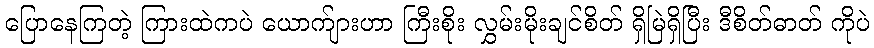
ပြောနေကြတဲ့ ကြားထဲကပဲ ယောက်ျားဟာ ကြီးစိုး လွှမ်းမိုးချင်စိတ် ရှိမြဲရှိပြီး ဒီစိတ်ဓာတ် ကိုပဲ